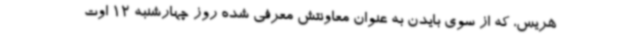
هریس، که از سوی بایدن به عنوان معاونتش معرفی شده روز چهارشنبه 12 اوت